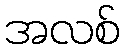
အလစ်